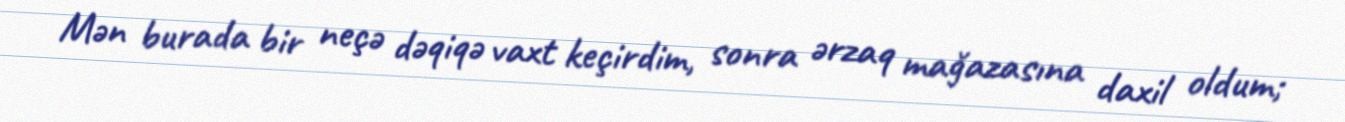
Mən burada bir neçə dəqiqə vaxt keçirdim, sonra ərzaq mağazasına daxil oldum;